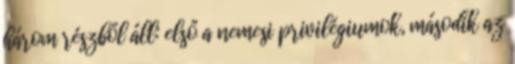
három részből áll: első a nemesi privilégiumok, második az